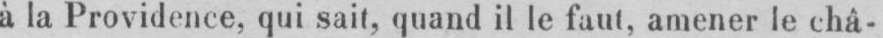
à la Providence, qui sait, quand il le faut, amener le châ-